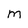
Character: M